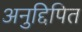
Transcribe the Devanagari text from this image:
अनुद्दिपित